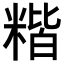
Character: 𥻄